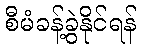
စီမံခန့်ခွဲနိုင်ရန်